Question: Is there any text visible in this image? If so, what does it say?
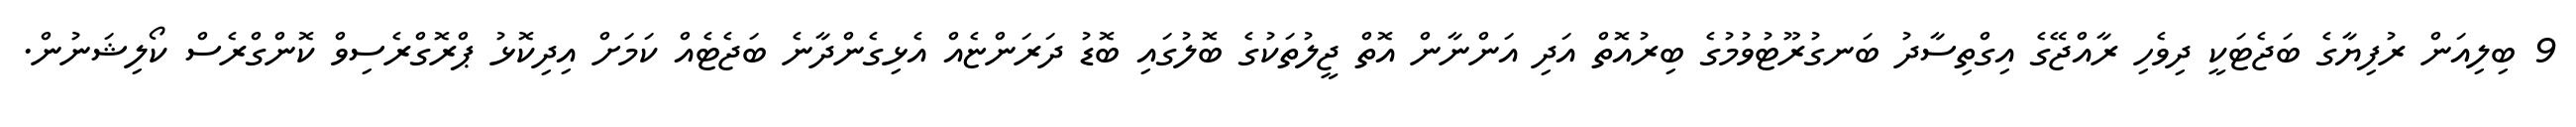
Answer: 9 ބިލިއަން ރުފިޔާގެ ބަޖެޓަކީ ދިވެހި ރާއްޖޭގެ އިގްތިސާދު ބަނގުރޫޓުވުމުގެ ބިރުއޮތް އަދި އަންނާން އޮތް ޖީލުތަކުގެ ބޮލުގައި ބޮޑު ދަރަންޏެއް އެޅިގެންދާނެ ބަޖެޓެއް ކަމަށް އިދިކޮޅު ޕްރޮގްރެސިވް ކޮންގްރެސް ކޯލިޝަނުން.